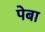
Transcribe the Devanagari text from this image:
पेबा